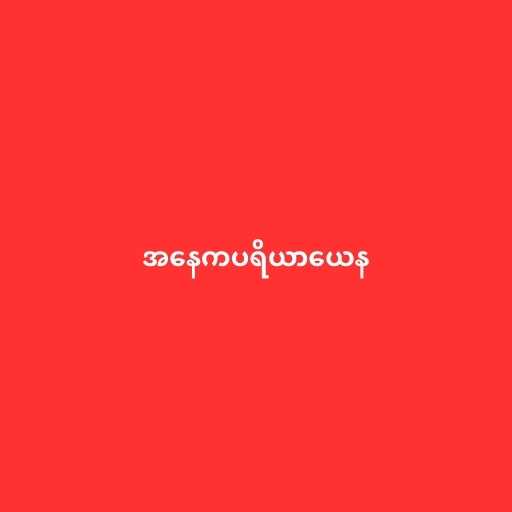
အနေကပရိယာယေန